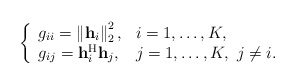
\begin{align*}\left\lbrace\begin{array}{ll}g_{ii} = \left\|\mathbf{h}_i \right\|^2_2, & i = 1, \ldots, K, \\g_{ij} = \mathbf{h}_i^{\mathrm{H}} \mathbf{h}_j, & j = 1, \ldots, K, \,\, j \neq i.\end{array}\right.\end{align*}